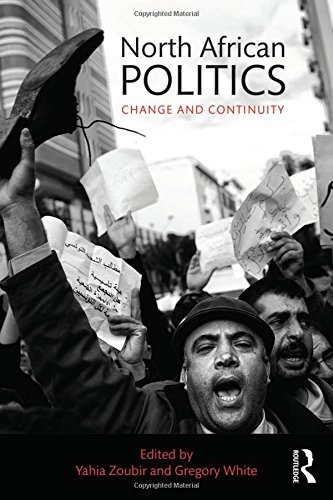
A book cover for North African Politics: Change and continuity; Politics & Social Sciences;